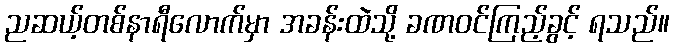
ညဆယ့်တစ်နာရီလောက်မှာ အခန်းထဲသို့ ခဏဝင်ကြည့်ခွင့် ရသည်။